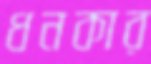
ধনকার